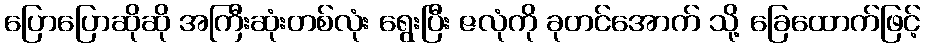
ပြောပြောဆိုဆို အကြီးဆုံးတစ်လုံး ရွေးပြီး ဇလုံကို ခုတင်အောက် သို့ ခြေထောက်ဖြင့်